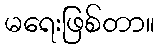
မရေးဖြစ်တာ။